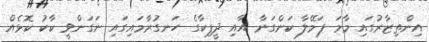
އިންތިޒާރުގައި މާމަ ޕަމޭލާ ކަންގަނާ އާއި ދީޕިކާގެ ހަނގުރާމައިގައި ނަގަންވީ ކާކު ކޮޅެއް